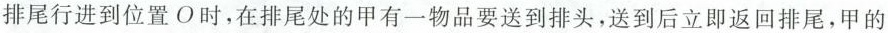
排尾行进到位置O时，在排尾处的甲有一物品要送到排头，送到后立即返回排尾，甲的